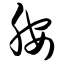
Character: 胺